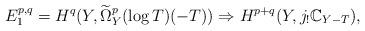
LaTeX: \begin{align*}E^{p, q}_1=H^q(Y, \widetilde {\Omega}^p_Y(\log T)(-T))\Rightarrow H^{p+q}(Y, j_!\mathbb C_{Y-T}), \end{align*}